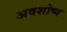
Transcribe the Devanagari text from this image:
अवशोष्य